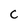
Character: c